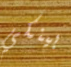
بينكي